Indian journal of veterinary science and animal husbandry - Volume 6,
Year: 1936
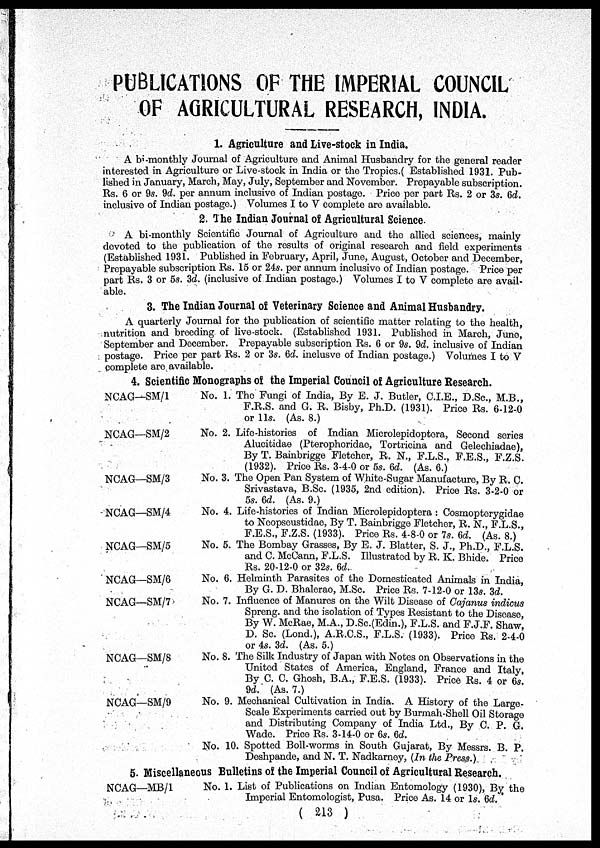
PUBLICATIONS OF THE IMPERIAL COUNCIL
OF AGRICULTURAL RESEARCH, INDIA.
1. Agriculture and Live-stock in India.
A bi-monthly Journal of Agriculture and Animal Husbandry for the general reader
interested in Agriculture or Live-stock in India or the Tropics.( Established 1931. Pub-
lished in January, March, May, July, September and November. Prepayable subscription.
Rs. 6 or 9s. 9d. per annum inclusive of Indian postage. Price per part Rs. 2 or 3s. 6d.
inclusive of Indian postage.) Volumes I to V complete are available.
2. The Indian Journal of Agricultural Science.
A bi-monthly Scientific Journal of Agriculture and the allied sciences, mainly
devoted to the publication of the results of original research and field experiments
(Established 1931. Published in February, April, June, August, October and December,
Prepayable subscription Rs. 15 or 24s. per annum inclusive of Indian postage. Price per
part Rs. 3 or 5s. 3d. (inclusive of Indian postage.) Volumes I to V complete are avail-
able.
3. The Indian Journal of Veterinary Science and Animal Husbandry.
A quarterly Journal for the publication of scientific matter relating to the health,
nutrition and breeding of live-stock. (Established 1931. Published in March, June,
September and December. Prepayable subscription Rs. 6 or 9s. 9d. inclusive of Indian
postage. Price per part Rs. 2 or 3s. 6d. inclusve of Indian postage.) Volumes I to V
complete are available.
4. Scientific Monographs of the Imperial Council of Agriculture Research.
NCAG—SM/1
NCAG—SM/2
NCAG—SM/3
NCAG—SM/4
NCAG—SM/5
NCAG—SM/6
NCAG—SM/7
NCAG—SM/8
NCAG—SM/9
No. 1. The Fungi of India, By E. J. Butler, C.I.E., D.Sc., M.B.,
F.R.S. and G. R. Bisby, Ph.D. (1931). Price Rs. 6-12-0
or 11s. (As. 8.)
No. 2. Life-histories of Indian Microlepidoptera, Second series
Alucitidae (Pterophoridae, Tortricina and Gelechiadae),
By T. Bainbrigge Fletcher, R. N., F.L.S., F.E.S., F.Z.S.
(1932). Price Rs. 3-4-0 or 5s. 6d. (As. 6.)
No. 3. The Open Pan System of White-Sugar Manufacture, By R. C.
Srivastava, B.Sc. (1935, 2nd edition). Price Rs. 3-2-0 or
5s. 6d. (As. 9.)
No. 4. Life-histories of Indian Microlepidoptera : Cosmopterygidae
to Neopseustidae, By T. Bainbrigge Fletcher, R. N., F.L.S.,
F.E.S., F.Z.S. (1933). Price Rs. 4-8-0 or 7s. 6d. (As. 8.)
No. 5. The Bombay Grasses, By E. J. Blatter, S. J., Ph.D., F.L.S.
and C. McCann, F.L.S. Illustrated by R. K. Bhide. Price
Rs. 20-12-0 or 32s. 6d.
No. 6. Helminth Parasites of the Domesticated Animals in India,
By G. D. Bhalerao, M.Sc. Price Rs. 7-12-0 or 13s. 3d.
No. 7. Influence of Manures on the Wilt Disease of Cajanus indicus
Spreng. and the isolation of Types Resistant to the Disease,
By W. McRae, M.A., D.Sc.(Edin.), F.L.S. and F.J.F. Shaw,
D. Sc. (Lond.), A.R.C.S., F.L.S. (1933). Price Rs. 2-4-0
or 4s. 3d. (As. 5.)
No. 8. The Silk Industry of Japan with Notes on Observations in the
United States of America, England, France and Italy
By C. C. Ghosh, B.A., F.E.S. (1933). Price Rs. 4 or 6s.
9d. (As. 7.)
No. 9. Mechanical Cultivation in India. A History of the Large-
Scale Experiments carried out by Burmah-Shell Oil Storage
and Distributing Company of India Ltd., By C. P. G.
Wade. Price Rs. 3-14-0 or 6s. 6d.
No. 10. Spotted Boll-worms in South Gujarat, By Messrs. B. P.
Deshpande, and N. T. Nadkarney, (In the Press.)
5. Miscellaneous Bulletins of the Imperial Council of Agricultural Research.
NCAG—MB/1
No. 1. List of Publications on Indian Entomology (1930), By the
Imperial Entomologist, Pusa. Price As. 14 or 1s. 6d.
( 213 )